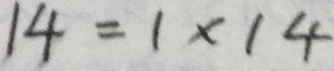
1 4 = 1 \times 1 4